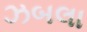
ઝબલા